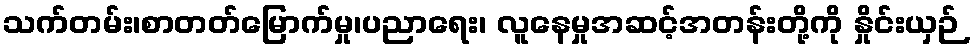
သက်တမ်း၊စာတတ်မြောက်မှု၊ပညာရေး၊ လူနေမှုအဆင့်အတန်းတို့ကို နှိုင်းယှဉ်